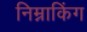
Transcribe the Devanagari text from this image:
निम्नाकिंग